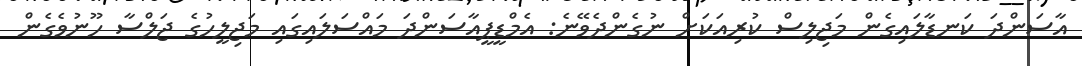
އާސަންދަ ކަނޑާލައިގެން މަޖިލިސް ކުރިއަކަށް ނުގެންދެވޭނެ: އެމްޑީޕީއާސަންދަ މައްސަލައިގައި މަޖިލީހުގެ ޖަލްސާ ހޫނުވެގެން